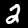
Label: 2